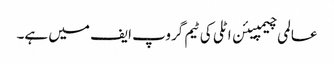
عالمی چیمپیئن اٹلی کی ٹیم گروپ ایف میں ہے۔